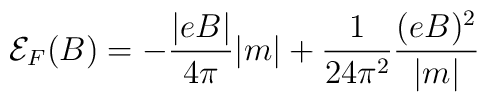
{\cal {E}}_F(B)= - \frac {|eB|} {4 \pi} |m| + \frac {1} {24 {\pi}^2} \frac {(eB)^2} {|m|}